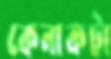
কেনাকটা